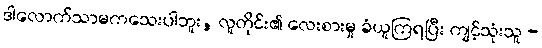
ဒါလောက်သာမကသေးပါဘူး, လူတိုင်း၏ လေးစားမှု ခံယူကြရပြီး ကျင့်သုံးသူ -